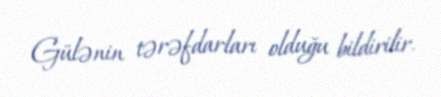
Gülənin tərəfdarları olduğu bildirilir.